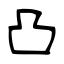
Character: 凸